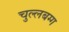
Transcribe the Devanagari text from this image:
चुल्लबग्ग